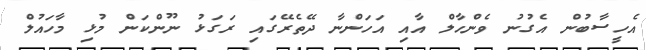
އެހީސާބުން އެގުނު ވެންހާލް އާއި އަހަންނާ ދޭތެރޭގައި ރަގަޅު ނޫންކަން މުޅި މާހައުލް